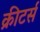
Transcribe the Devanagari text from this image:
क्रीटर्स